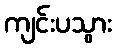
ကျင်းပသွား